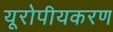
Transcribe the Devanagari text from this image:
यूरोपीयकरण